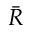
\bar { R }